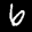
Label: 6